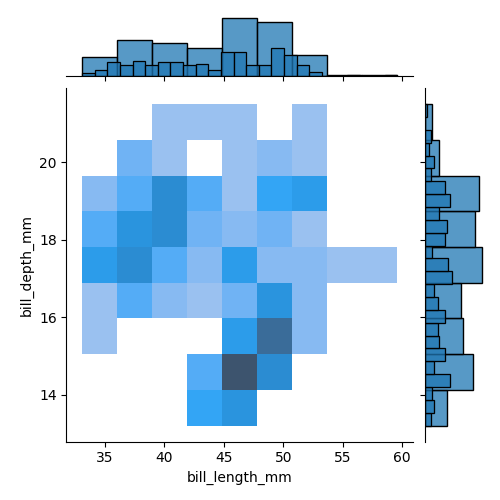
python, seaborn, jointplot, kind='hist', height='5', ratio='5', marginal_ticks='False'